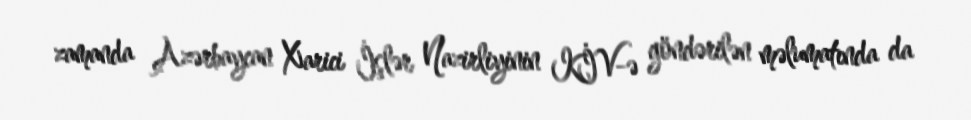
zamanda Azərbaycan Xarici İşlər Nazirliyinin KİV-ə göndərilən məlumatında da